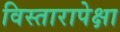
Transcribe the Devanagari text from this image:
विस्तारापेक्षा